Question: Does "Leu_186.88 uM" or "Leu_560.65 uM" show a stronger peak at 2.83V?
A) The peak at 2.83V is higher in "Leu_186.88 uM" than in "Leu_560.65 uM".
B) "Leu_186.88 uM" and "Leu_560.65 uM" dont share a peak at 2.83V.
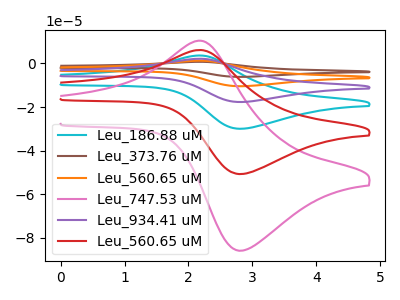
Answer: <think>The cyan curve "Leu_186.88 uM" has an anodic peak at (2.15V, 12.25uA) and a cathodic peak at (2.85V, -101.35uA). The brown curve "Leu_373.76 uM" has an anodic peak at (2.15V, 30.65uA) and a cathodic peak at (2.85V, -253.40uA). The orange curve "Leu_560.65 uM" has an anodic peak at (2.15V, 24.50uA) and a cathodic peak at (2.85V, -202.70uA). The pink curve "Leu_747.53 uM" has an anodic peak at (2.15V, 10.40uA) and a cathodic peak at (2.85V, -85.80uA). The purple curve "Leu_934.41 uM" has an anodic peak at (2.15V, 18.40uA) and a cathodic peak at (2.85V, -152.05uA). The red curve "Leu_560.65 uM" has an anodic peak at (2.15V, 6.15uA) and a cathodic peak at (2.85V, -50.70uA).</think>
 <answer>A) The peak at 2.83V is higher in "Leu_186.88 uM" than in "Leu_560.65 uM".</answer>
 <eval>A</eval>